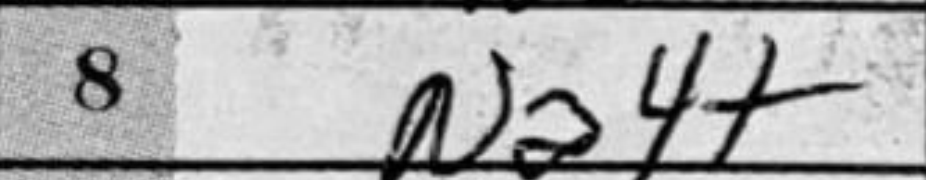
Transcription: Na4+